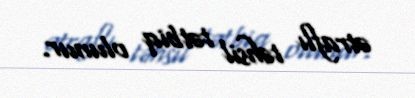
ətraflı təhsil tətbiq olunur.